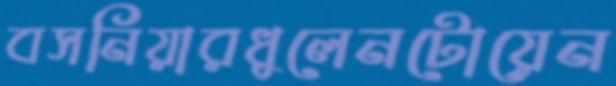
বসনিয়ারধুলেনটোয়েন